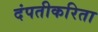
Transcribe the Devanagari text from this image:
दंपतीकरिता